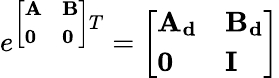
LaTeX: e^{{\left[\begin{array}{ll}{\mathbf{A}}&{\mathbf{B}}\\ {\mathbf{0}}&{\mathbf{0}}\end{array}\right]}T}={\left[\begin{array}{ll}{\mathbf{A_{d}}}&{\mathbf{B_{d}}}\\ {\mathbf{0}}&{\mathbf{I}}\end{array}\right]}